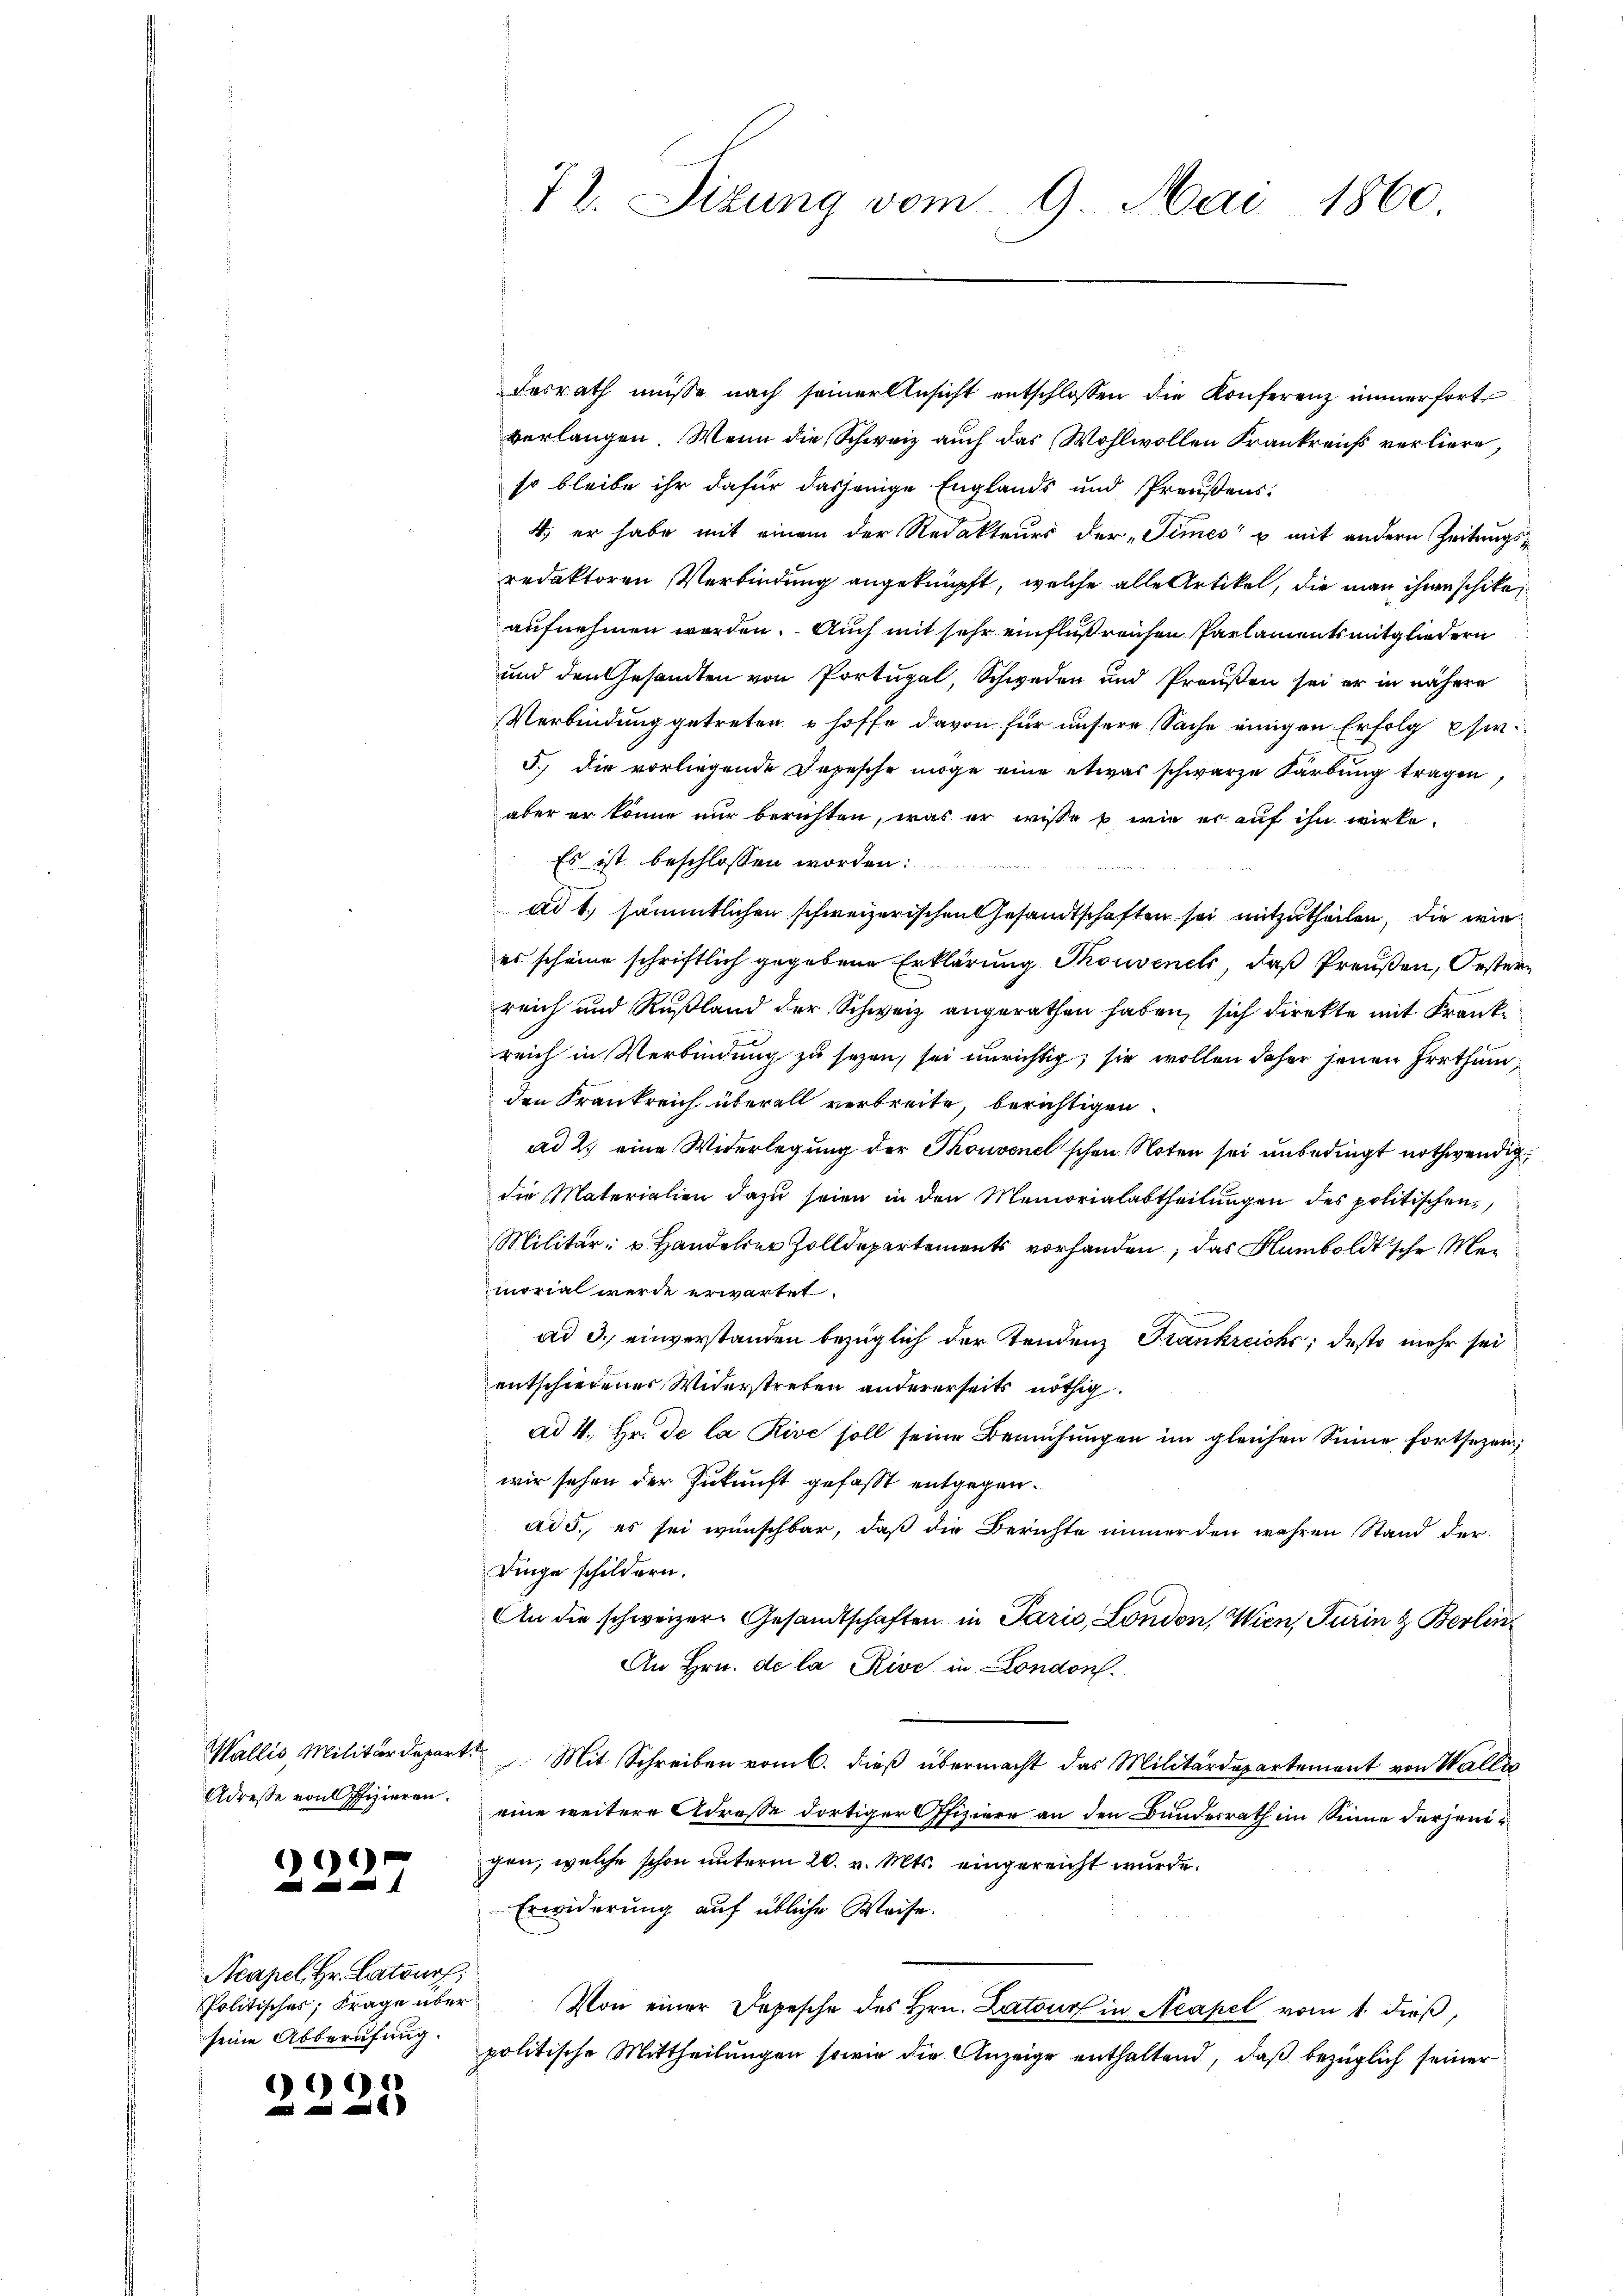
72. Sizung vom 9. Mai 1860

Fesrath müsse nach seiner Ansicht entschlossen die Konferenz innerfort
verlangen. Wenn die Schweiz auch das Wohlwollen Frankreichs verliere,
so bleibe ihr dafür dasjenige Englands und Preußens¬
4., er habe mit einem der Redakteurs der „Times“ u mit andern Zeitungsredaktoren Verbindung angeknüpft, welche alle Artikel, die man ihrer schike,
aufnehmen werden. Auch mit sehr einflußreichen Parlamentsmitgliedern
und den Gesandten von Portugal, Schweden und Preußen sei er in nähere
Verbindung getreten u hoffe davon für unsere Sache einigen Erfolg ehe¬
5.) die vorliegende Depesche möge eine etwas schwarze Karbung tragen,
aber er könne nur berichten, was er wisse u. wie er auf ihn wirke.
Es ist beschlossen worden.

ad 1, sämmtlichen schweizerischen Gesandtschaften sei mitzutheilen, die wie
es scheine schriftlich gegebene Erklärung Thouvenet, daß Preußen, Oestern
reich und Rußland der Schweiz angerathen haben, sich direkte mit Frankreich in Verbindung zu sezen, sei unrichtig, sie wollen daher jenen Irrthum
den Frankreich überall verbreite, berichtigen.
ad 2.) eine Widerlegung der Thouvenel schon Noten sei unbedingt nothwendig
die Materialien dazu seien in den Memorialabtheilungen des politischen,
Militär- u Handerer Zolldepartements vorhanden, das Humboldtsche Meimorial werde erwartet.
ad 3. einverstanden bezüglich der Tendenz Frankreiche; desto mehr sei
entschiedener Widerstreben andererseits nöthig.
ad 4. Hr. De la Rive soll seine Bemühungen im gleichen Sinne fortsetzen;
wir sehen der Zukunft gefaßt entgegenad 3., es sei wünschbar, daß die Berichte immer den wahren Stand der
Dinge schildern.
An die schweizer. Gesandtschaften in Paris, London, Wien, Turin & Berlin¬
An Hrn. de la Rive in London.
Mit Schreiben vom 6. dieß übermacht das Militärdepartement von Walli
eine weitere Adresse dortiger Offiziere an den Bundesrath in Seine derjenigen, welche schon unterm 20. v. Mts. eingereicht wurde.
Erwiderung auf übliche Weise.
Von einer Depesche des Hrn. Latour in Neapel vom 1. dieß,
politische Mittheilungen sowie die Anzeige enthaltend, daß bezüglich seiner

Wallis Militärdepart.
Adresse von Pfizieren.

90

Acapel. Hr. Lateur;
Politisches, Frage über
seine Abberufung.

609

)